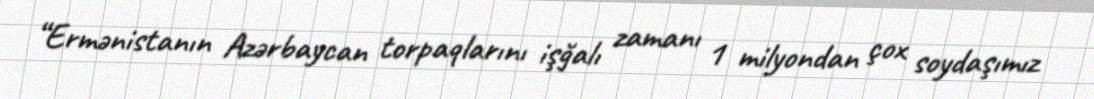
“Ermənistanın Azərbaycan torpaqlarını işğalı zamanı 1 milyondan çox soydaşımız